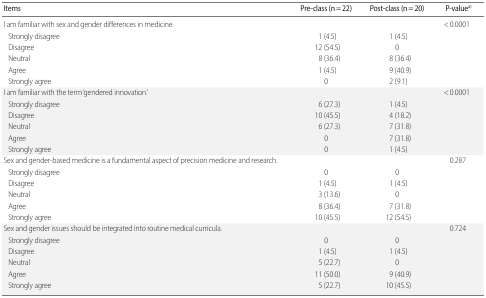
<table><thead><tr><td><b>Items</b></td><td><b>Pre-class (n = 22)</b></td><td><b>Post-class (n = 20)</b></td><td><b>P-value<sup>a)</sup></b></td></tr></thead><tbody><tr><td>I am familiar with sex and gender differences in medicine.</td><td></td><td></td><td>&lt; 0.0001</td></tr><tr><td> Strongly disagree</td><td>1 (4.5)</td><td>1 (4.5)</td><td></td></tr><tr><td> Disagree</td><td>12 (54.5)</td><td>0</td><td></td></tr><tr><td> Neutral</td><td>8 (36.4)</td><td>8 (36.4)</td><td></td></tr><tr><td> Agree</td><td>1 (4.5)</td><td>9 (40.9)</td><td></td></tr><tr><td> Strongly agree</td><td>0</td><td>2 (9.1)</td><td></td></tr><tr><td>I am familiar with the term‘gendered innovation.’</td><td></td><td></td><td>&lt; 0.0001</td></tr><tr><td> Strongly disagree</td><td>6 (27.3)</td><td>1 (4.5)</td><td></td></tr><tr><td> Disagree</td><td>10 (45.5)</td><td>4 (18.2)</td><td></td></tr><tr><td> Neutral</td><td>6 (27.3)</td><td>7 (31.8)</td><td></td></tr><tr><td> Agree</td><td>0</td><td>7 (31.8)</td><td></td></tr><tr><td> Strongly agree</td><td>0</td><td>1 (4.5)</td><td></td></tr><tr><td>Sex and gender-based medicine is a fundamental aspect of precision medicine and research.</td><td></td><td></td><td>0.287</td></tr><tr><td> Strongly disagree</td><td>0</td><td>0</td><td></td></tr><tr><td> Disagree</td><td>1 (4.5)</td><td>1 (4.5)</td><td></td></tr><tr><td> Neutral</td><td>3 (13.6)</td><td>0</td><td></td></tr><tr><td> Agree</td><td>8 (36.4)</td><td>7 (31.8)</td><td></td></tr><tr><td> Strongly agree</td><td>10 (45.5)</td><td>12 (54.5)</td><td></td></tr><tr><td>Sex and gender issues should be integrated into routine medical curricula.</td><td></td><td></td><td>0.724</td></tr><tr><td> Strongly disagree</td><td>0</td><td>0</td><td></td></tr><tr><td> Disagree</td><td>1 (4.5)</td><td>1 (4.5)</td><td></td></tr><tr><td> Neutral</td><td>5 (22.7)</td><td>0</td><td></td></tr><tr><td> Agree</td><td>11 (50.0)</td><td>9 (40.9)</td><td></td></tr><tr><td> Strongly agree</td><td>5 (22.7)</td><td>10 (45.5)</td><td></td></tr></tbody></table>